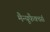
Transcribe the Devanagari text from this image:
मैन्यूफैक्चर्स